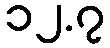
၁၂.၇